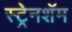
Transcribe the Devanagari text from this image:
स्ट्रेनशॅम